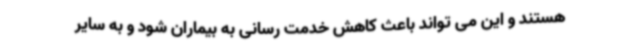
هستند و این می تواند باعث کاهش خدمت رسانی به بیماران شود و به سایر